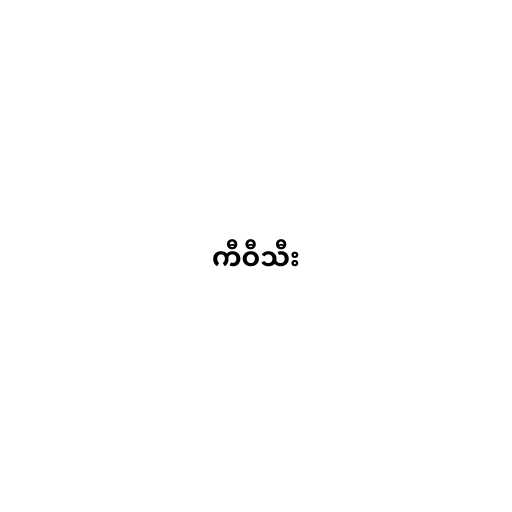
ကီဝီသီး